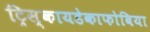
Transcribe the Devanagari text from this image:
ट्रिस्कायडेकाफोबिया